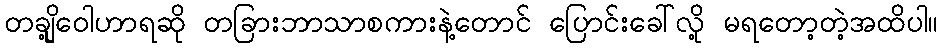
တချို့ဝေါဟာရဆို တခြားဘာသာစကားနဲ့တောင် ပြောင်းခေါ်လို့ မရတော့တဲ့အထိပါ။